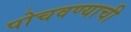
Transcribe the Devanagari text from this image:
पोचवण्‍याची